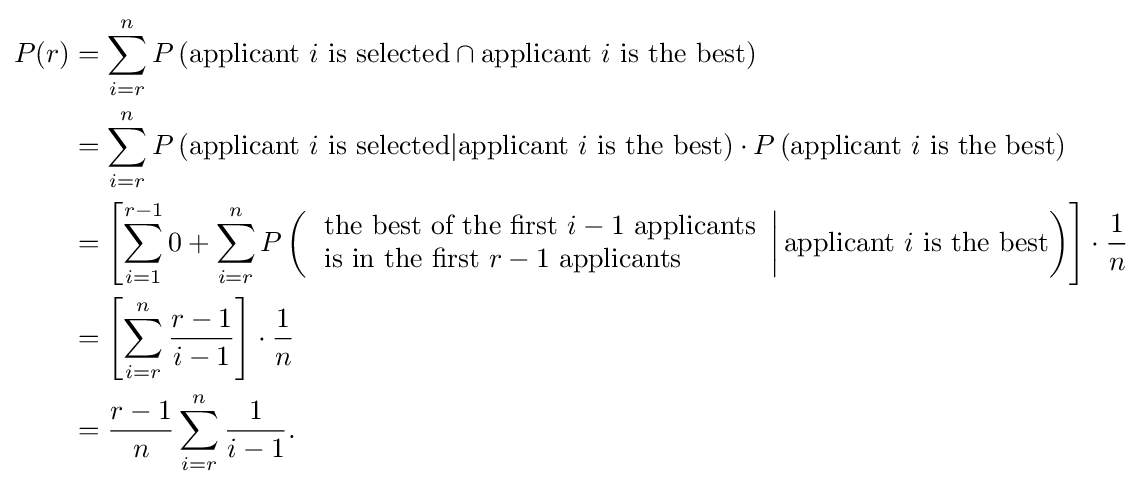
{\begin{aligned}P(r)&=\sum _{i=r}^{n}P\left({\text{applicant }}i{\text{ is selected}}\cap {\text{applicant }}i{\text{ is the best}}\right)\\&=\sum _{i=r}^{n}P\left({\text{applicant }}i{\text{ is selected}}|{\text{applicant }}i{\text{ is the best}}\right)\cdot P\left({\text{applicant }}i{\text{ is the best}}\right)\\&=\left[\sum _{i=1}^{r-1}0+\sum _{i=r}^{n}P\left(\left.{\begin{array}{l}{\text{the best of the first }}i-1{\text{ applicants}}\\{\text{is in the first }}r-1{\text{ applicants}}\end{array}}\right|{\text{applicant }}i{\text{ is the best}}\right)\right]\cdot {\frac {1}{n}}\\&=\left[\sum _{i=r}^{n}{\frac {r-1}{i-1}}\right]\cdot {\frac {1}{n}}\\&={\frac {r-1}{n}}\sum _{i=r}^{n}{\frac {1}{i-1}}.\end{aligned}}